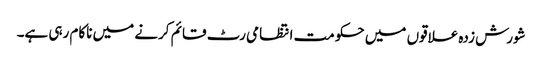
شورش زدہ علاقوں میں حکومت انتظامی رٹ قائم کرنے میں ناکام رہی ہے۔